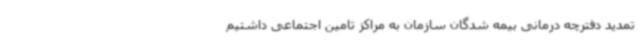
تمدید دفترچه درمانی بیمه شدگان سازمان به مراکز تامین اجتماعی داشتیم